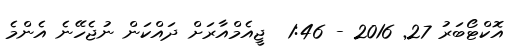
އޮކްޓޯބަރު 27